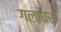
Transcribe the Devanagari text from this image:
गलाघर